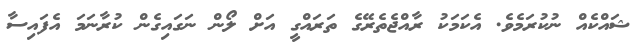
ޝައްކެއް ނުކުރަމެވެ. އެކަމަކު ރާއްޖެތެރޭގެ ތަރައްގީ އަށް ލޯން ނަގައިގެން ކުރާނަމަ އެފައިސާ